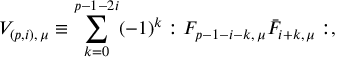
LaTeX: V _ { ( p , i ) , \, \mu } \equiv \sum _ { k = 0 } ^ { p - 1 - 2 i } ( - 1 ) ^ { k } : F _ { p - 1 - i - k , \, \mu } \bar { F } _ { { i + k } , \, \mu } : ,